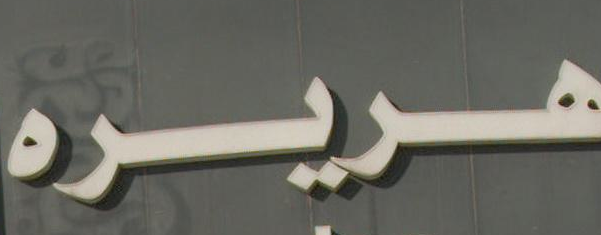
هريره